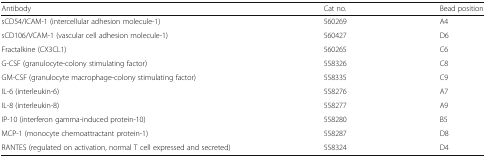
| Antibody | Cat no. | Bead position |
 | --- | --- | --- |
 | sCD54/ICAM-1 (intercellular adhesion molecule-1) | 560269 | A4 |
 | sCD106/VCAM-1 (vascular cell adhesion molecule-1) | 560427 | D6 |
 | Fractalkine (CX3CL1) | 560265 | C6 |
 | G-CSF (granulocyte-colony stimulating factor) | 558326 | C8 |
 | GM-CSF (granulocyte macrophage-colony stimulating factor) | 558335 | C9 |
 | IL-6 (interleukin-6) | 558276 | A7 |
 | IL-8 (interleukin-8) | 558277 | A9 |
 | IP-10 (interferon gamma-induced protein-10) | 558280 | B5 |
 | MCP-1 (monocyte chemoattractant protein-1) | 558287 | D8 |
 | RANTES (regulated on activation, normal T cell expressed and secreted) | 558324 | D4 |